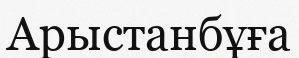
Арыстанбұға